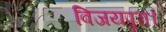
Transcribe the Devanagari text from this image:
विजयपुरा।